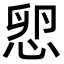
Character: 㤻